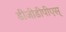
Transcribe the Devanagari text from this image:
डीजीडीपीएस्